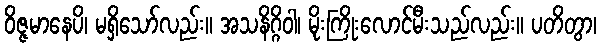
ဝိဇ္ဇမာနေပိ၊ မရှိသော်လည်း။ အသနိဂ္ဂိဝါ၊ မိုးကြိုးလောင်မီးသည်လည်း။ ပတိတွာ၊